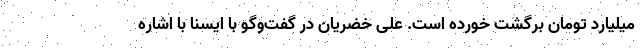
میلیارد تومان برگشت خورده است. علی خضریان در گفت‌وگو با ایسنا با اشاره